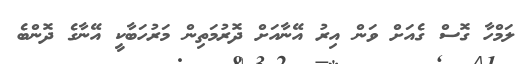
ލަމްހާ ގޮސް ގެއަށް ވަން އިރު އޭނާއަށް ދޮރުމަތިން މަރުހަބާކީ އޭނާގެ ދޮންބެ